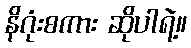
နိဂုံးစကား ဆိုပါရဲ့။